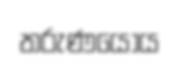
තරුණයෝය